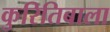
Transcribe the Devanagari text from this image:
कुरितिबाला